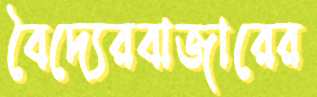
বৈদ্যেরবাজারের